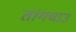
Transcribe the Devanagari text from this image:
तांगचाउ